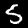
Digit: 5